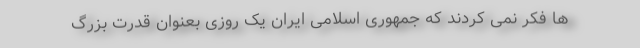
ها فکر نمی کردند که جمهوری اسلامی ایران یک روزی بعنوان قدرت بزرگ